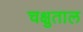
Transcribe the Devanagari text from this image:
चक्षुताल